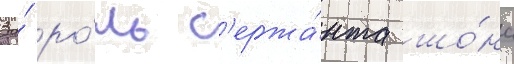
За́ ро́ль с'ержа́нта шо́на